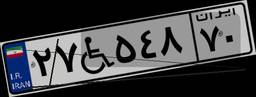
۲۷W۵۴۸۷۰